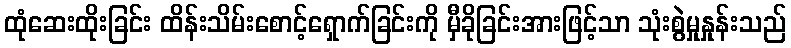
ထုံဆေးထိုးခြင်း ထိန်းသိမ်းစောင့်ရှောက်ခြင်းကို မှီခိုခြင်းအားဖြင့်သာ သုံးစွဲမှုနှုန်းသည်